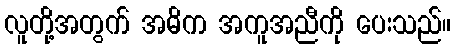
လူတို့အတွက် အဓိက အကူအညီကို ပေးသည်။